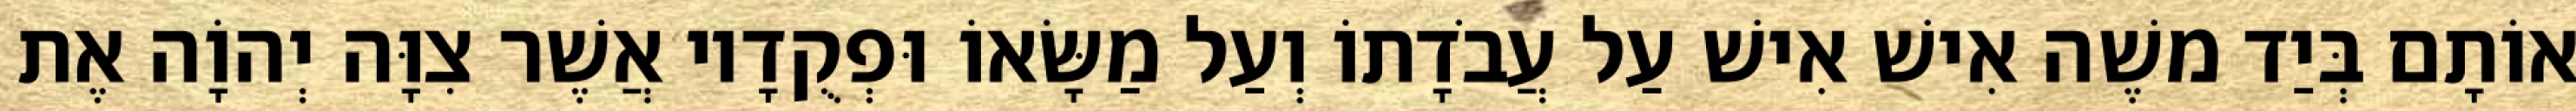
אוֹתָם בְּיַד משֶׁה אִישׁ אִישׁ עַל עֲבֹדָתוֹ וְעַל מַשָּׂאוֹ וּפְקֻדָיו אֲשֶׁר צִוָּה יְהוָֹה אֶת